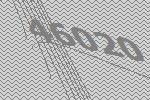
46020